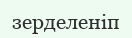
зерделеніп